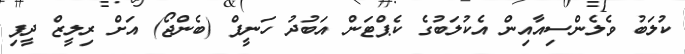
ކުލަބު ވެލެންސިއާއިން އެކުލަބުގެ ކެޕްޓަން އަބުދު ހަނީފް (ބެންޖޯ) އަށް ރިލީޒް ދީފި